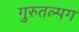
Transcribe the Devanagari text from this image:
गुरुतल्पग